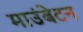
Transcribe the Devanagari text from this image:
माउंबेटन